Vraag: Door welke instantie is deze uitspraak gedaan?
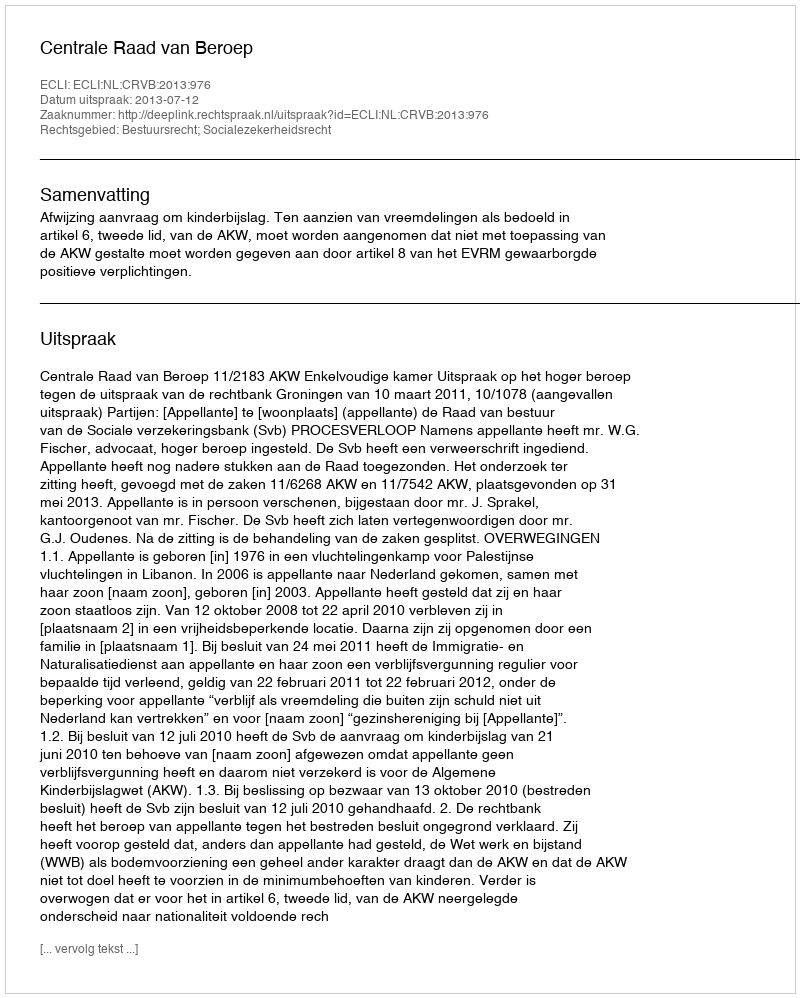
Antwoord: Centrale Raad van Beroep